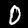
Digit: 0